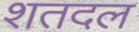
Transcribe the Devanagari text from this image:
शतदल